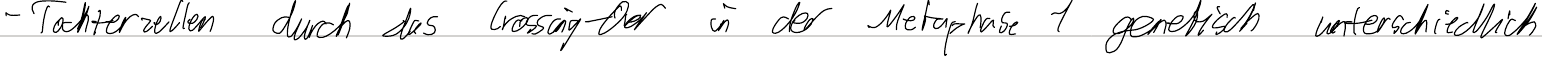
- Tochterzellen durch das Crossing-Over in der Metaphase 1 genetisch unterschiedlich